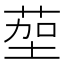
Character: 𫈠